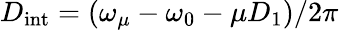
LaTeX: D_{\mathrm{int}}=(\omega_{\mu}-\omega_{0}-\mu D_{1})/2\pi